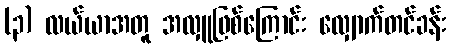
(၃) လယ်ယာအတူ အလှူဖြစ်ကြောင်း လျှောက်တင်ခန်း